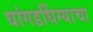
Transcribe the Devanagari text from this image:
धांगडधिंग्याचा